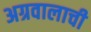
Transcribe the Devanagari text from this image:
अग्रवालाची